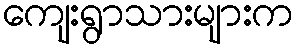
ကျေးရွာသားများက